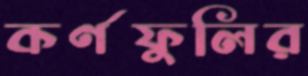
কর্ণফুলির